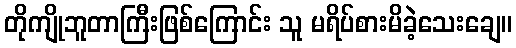
တိုကျိုဘူတာကြီးဖြစ်ကြောင်း သူ မရိပ်စားမိခဲ့သေးချေ။